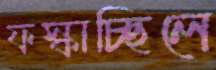
ফস্‌কাচ্ছিলে